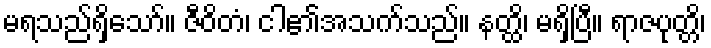
မရသည်ရှိသော်။ ဇီဝိတံ၊ ငါ၏အသက်သည်။ နတ္ထိ၊ မရှိပြီ။ ရာဇပုတ္တိ၊